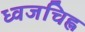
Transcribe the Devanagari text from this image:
ध्वजचिह्न